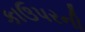
કાઉપરની